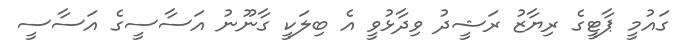
ގައުމީ ޕާޓީގެ ރިޔާޒު ރަޝީދު ވިދާޅުވީ އެ ބިލަކީ ގާނޫނު އަސާސީގެ އަސާސީ